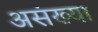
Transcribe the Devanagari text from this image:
असंख्या